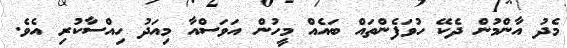
މެދު އާންމުން ދެކޭ ހުވަފެންތައް ބައެއް މީހުން އަވަސްއާ މިއަދު ހިއްސާކުރި އެވެ.